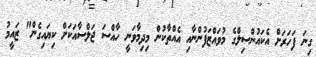
ގިނަ ފަހަރަށް އެކައުންސިލްގެ މުވައްޒަފުންނާއި އެއްތާކުން މިދިމާވަނީ ހާއްސަ ޖަލްސާއަކަށް ކިޔައިގެން" ޒައީމު